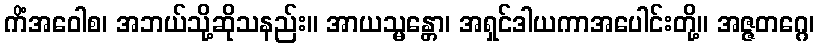
ကိံအဝေါစ၊ အဘယ်သို့ဆိုသနည်း။ အာယသ္မန္တော၊ အရှင်ဒါယကာအပေါင်းတို့။ အဇ္ဇတဂ္ဂေ၊